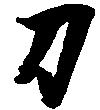
寅